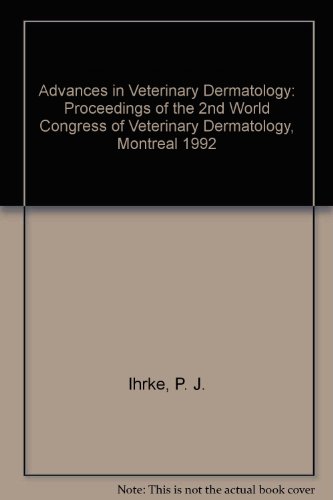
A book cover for Advances in Veterinary Dermatology: Proceedings of the 2nd World Congress of Veterinary Dermatology, Montreal 1992; P. J. Ihrke; Medical Books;